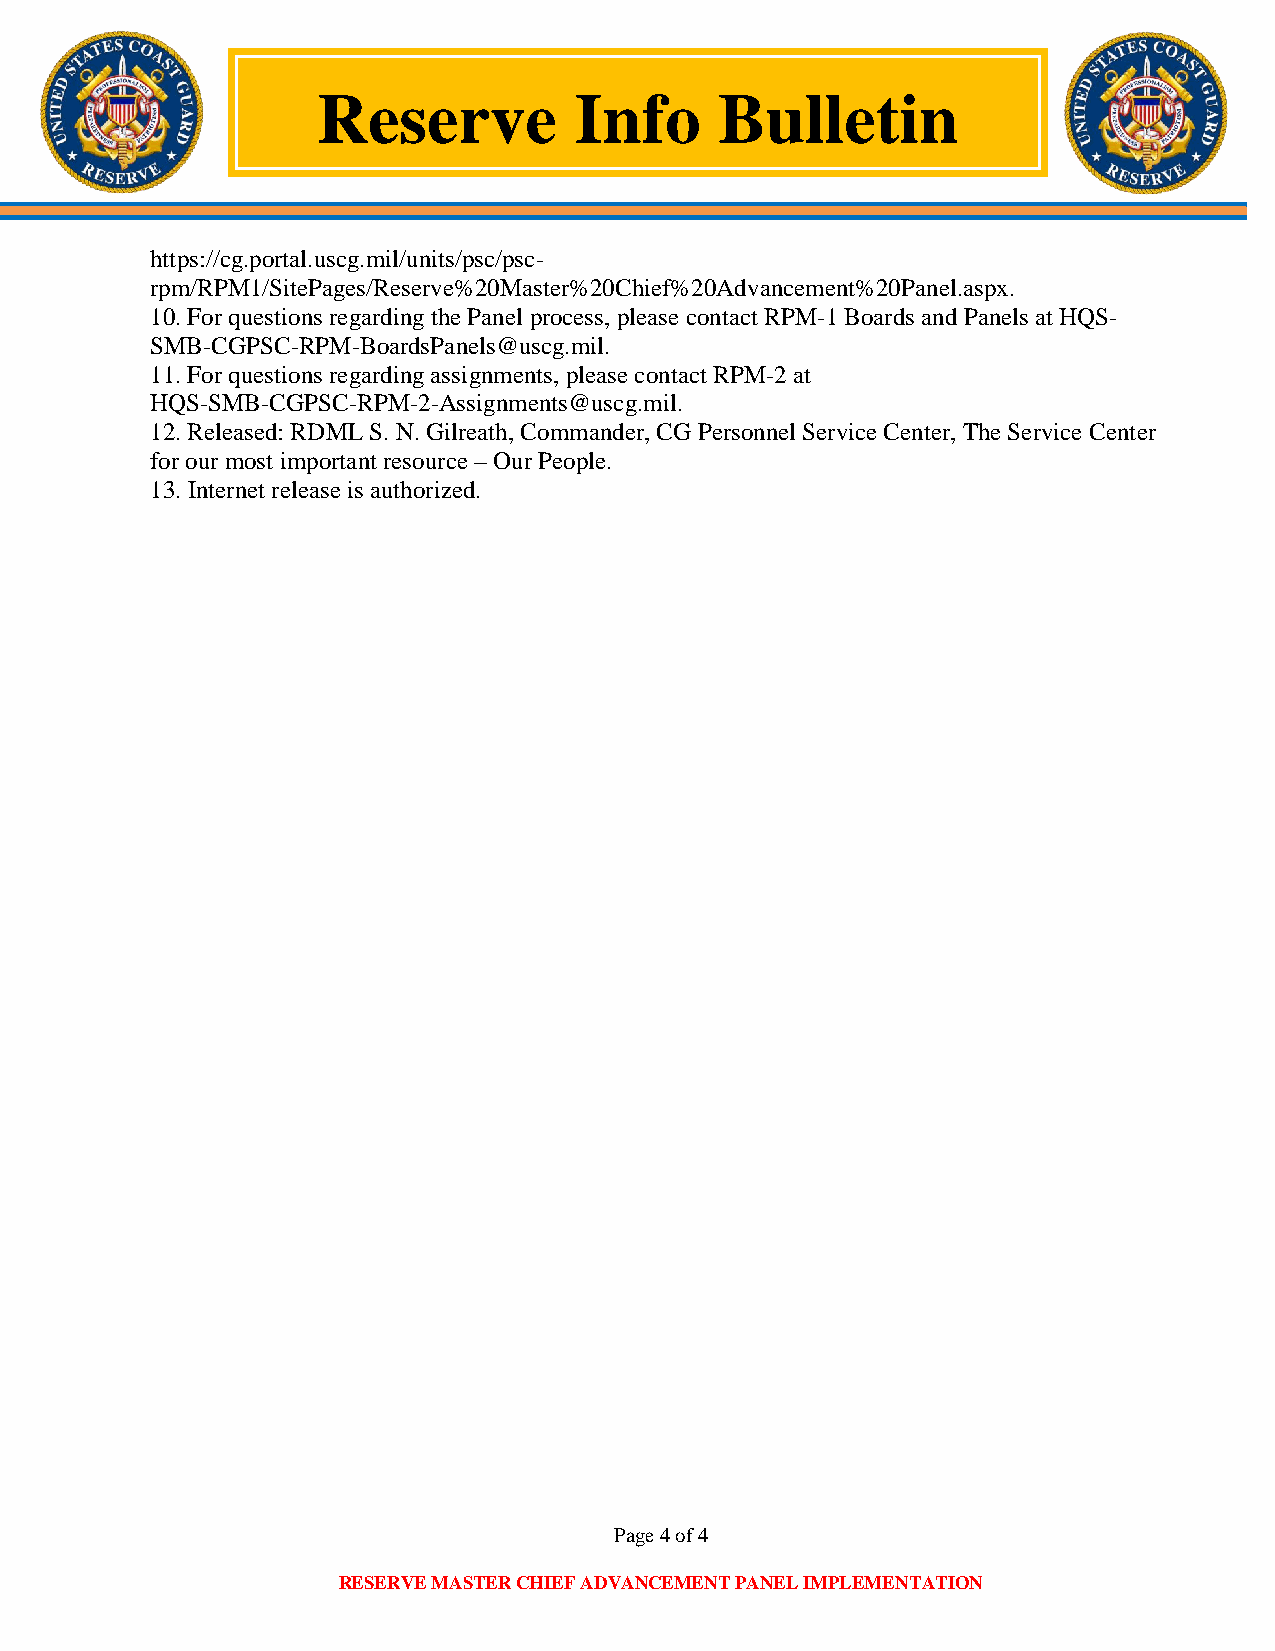
Reserve          Info      Bulletin
 https://cg.portal.uscg.mil/units/psc/psc-
 rpm/RPM1/SitePages/Reserve%20Master%20Chief%20Advancement%20Panel.aspx.
 10. For questions regarding the Panel process, please contact RPM-1 Boards and Panels at HQS-
 SMB-CGPSC-RPM-BoardsPanels@uscg.mil.
 11. For questions regarding assignments, please contact RPM-2 at
 HQS-SMB-CGPSC-RPM-2-Assignments@uscg.mil.
 12. Released: RDML S. N. Gilreath, Commander, CG Personnel Service Center, The Service Center
 for our most important resource – Our People.
 13. Internet release is authorized.
 Page 4 of 4
 RESERVE MASTER CHIEF ADVANCEMENT PANEL IMPLEMENTATION